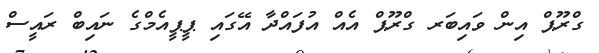
ގްރޫޕް އިން ވައިބަރ ގްރޫޕް އެއް އުފައްދާ އޭގައި ޕީޕީއެމްގެ ނައިބް ރައީސް